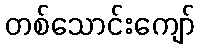
တစ်သောင်းကျော်